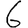
Digit: 6